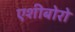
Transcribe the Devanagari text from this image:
एशीबोरो